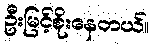
ဦးမြင့်စိုးနေတယ်။